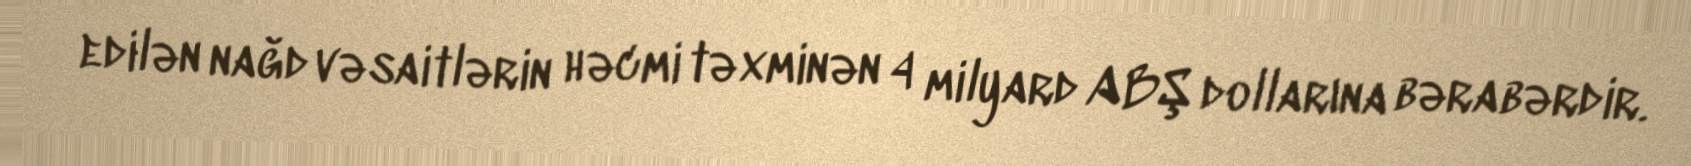
edilən nağd vəsaitlərin həcmi təxminən 4 milyard ABŞ dollarına bərabərdir.